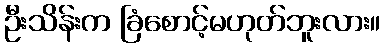
ဦးသိန်းက ခြံစောင့်မဟုတ်ဘူးလား။